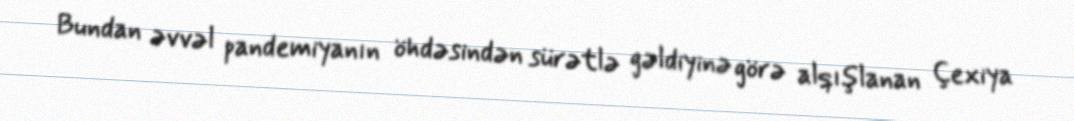
Bundan əvvəl pandemiyanın öhdəsindən sürətlə gəldiyinə görə alqışlanan Çexiya